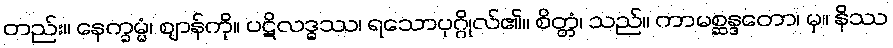
တည်း။ နေက္ခမ္မံ၊ ဈာန်ကို။ ပဋိလဒ္ဓဿ၊ ရသောပုဂ္ဂိုလ်၏။ စိတ္တံ၊ သည်။ ကာမစ္ဆန္ဒတော၊ မှ။ နိဿ